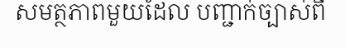
សមត្ថភាពមួយដែល បញ្ជាក់ច្បាស់ពី